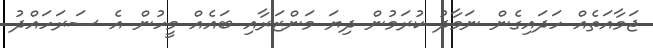
ޖަމާއަތެއް ހަދައިގެން ނަމާދު ކުރަމުން ދިޔަ މަންޒަރާއި ބައެއް މީހުން އެ ސަރަހައްދު